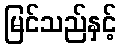
မြင်သည်နှင့်